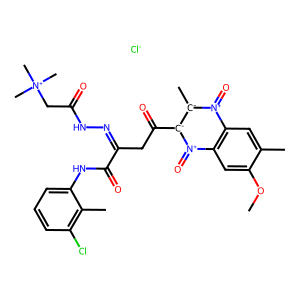
SMILES: COc1cc2c(cc1C)[n+](=O)[c-](C)[c-](C(=O)CC(=NNC(=O)C[N+](C)(C)C)C(=O)Nc1cccc(Cl)c1C)[n+]2=O.[Cl-]
Inhibits HIV replication: No